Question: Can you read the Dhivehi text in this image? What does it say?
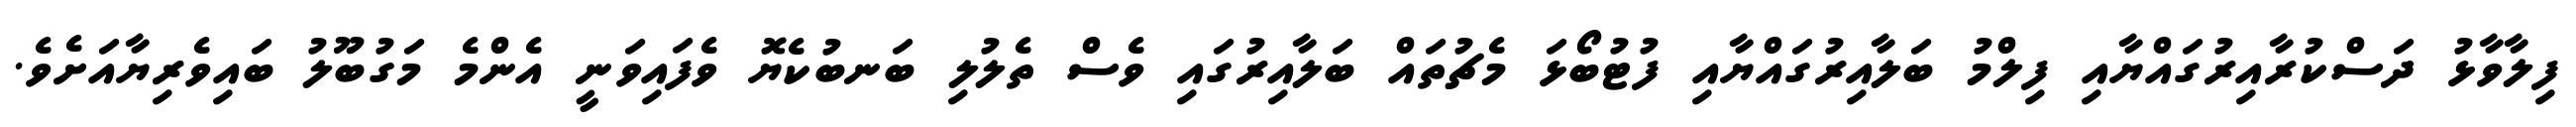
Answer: ފިލާވާޅު ދަސްކުރާއިރުގައްޔާއި ފިލްމު ބަލާއިރުގައްޔާއި ފުޓުބޯޅަ މެޗުތައް ބަލާއިރުގައި ވެސް ތެލުލި ބަނބުކެޔޮ ވެފައިވަނީ އެންމެ މަގުބޫލު ބައިވެރިޔާއަށެވެ.